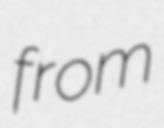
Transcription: from